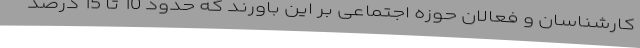
کارشناسان و فعالان حوزه اجتماعی بر این باورند که حدود 10 تا 15 درصد